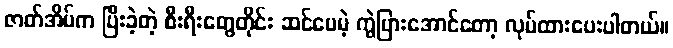
ဇာတ်အိမ်က ပြီးခဲ့တဲ့ စီးရီးတွေတိုင်း ဆင်ပေမဲ့ ကွဲပြားအောင်တော့ လုပ်ထားပေးပါတယ်။